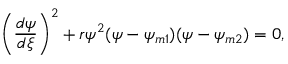
\left( \frac { d \psi } { d \xi } \right) ^ { 2 } + r \psi ^ { 2 } ( \psi - \psi _ { m 1 } ) ( \psi - \psi _ { m 2 } ) = 0 ,